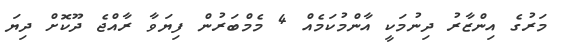
މަރުގެ އިންޒާރު ދިނުމަކީ އާންމުކަމެއް 4 މެމްބަރުން ފިޔަވާ ރާއްޖެ ދޫކޮށް ދިޔަ